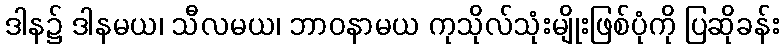
ဒါန၌ ဒါနမယ၊ သီလမယ၊ ဘာဝနာမယ ကုသိုလ်သုံးမျိုးဖြစ်ပုံကို ပြဆိုခန်း